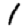
Digit: 1